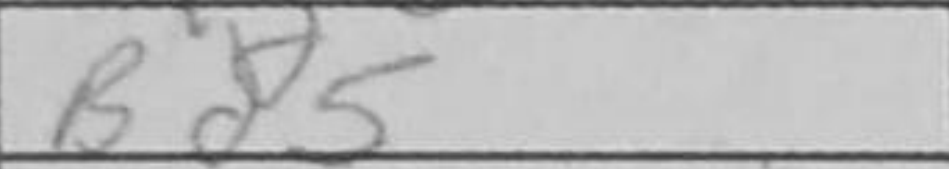
Transcription: Bd5